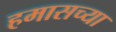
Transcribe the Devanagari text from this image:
हमासच्या